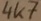
Text: 4K7